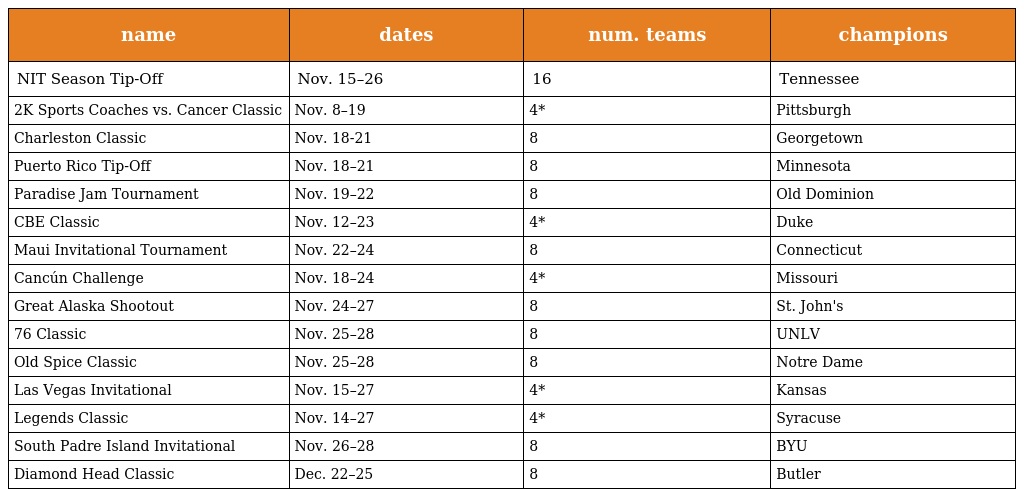
| name | dates | num. teams | champions |
 | --- | --- | --- | --- |
 | NIT Season Tip-Off | Nov. 15–26 | 16 | Tennessee |
 | 2K Sports Coaches vs. Cancer Classic | Nov. 8–19 | 4* | Pittsburgh |
 | Charleston Classic | Nov. 18-21 | 8 | Georgetown |
 | Puerto Rico Tip-Off | Nov. 18–21 | 8 | Minnesota |
 | Paradise Jam Tournament | Nov. 19–22 | 8 | Old Dominion |
 | CBE Classic | Nov. 12–23 | 4* | Duke |
 | Maui Invitational Tournament | Nov. 22–24 | 8 | Connecticut |
 | Cancún Challenge | Nov. 18–24 | 4* | Missouri |
 | Great Alaska Shootout | Nov. 24–27 | 8 | St. John's |
 | 76 Classic | Nov. 25–28 | 8 | UNLV |
 | Old Spice Classic | Nov. 25–28 | 8 | Notre Dame |
 | Las Vegas Invitational | Nov. 15–27 | 4* | Kansas |
 | Legends Classic | Nov. 14–27 | 4* | Syracuse |
 | South Padre Island Invitational | Nov. 26–28 | 8 | BYU |
 | Diamond Head Classic | Dec. 22–25 | 8 | Butler |